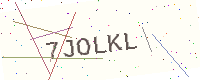
Text: 7JOLKL